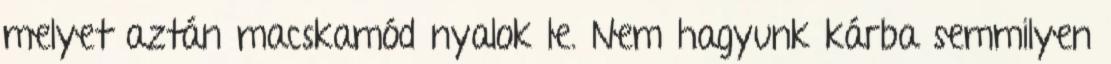
melyet aztán macskamód nyalok le. Nem hagyunk kárba semmilyen